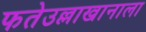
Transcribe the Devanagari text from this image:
फतेउल्लाखानाला